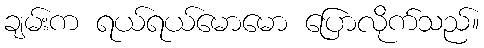
ချမ်းက ရယ်ရယ်မောမော ပြောလိုက်သည်။